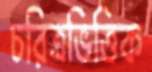
চরিত্রভিত্তিক